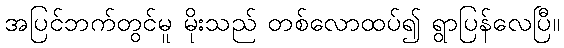
အပြင်ဘက်တွင်မူ မိုးသည် တစ်လောထပ်၍ ရွာပြန်လေပြီ။